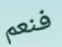
فنعم